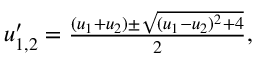
\begin{array} { r } { u _ { 1 , 2 } ^ { \prime } = \frac { ( u _ { 1 } + u _ { 2 } ) \pm \sqrt { ( u _ { 1 } - u _ { 2 } ) ^ { 2 } + 4 } } { 2 } , } \end{array}